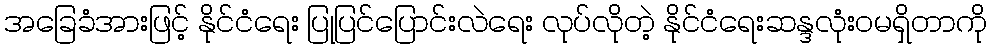
အခြေခံအားဖြင့် နိုင်ငံရေး ပြုပြင်ပြောင်းလဲရေး လုပ်လိုတဲ့ နိုင်ငံရေးဆန္ဒလုံးဝမရှိတာကို